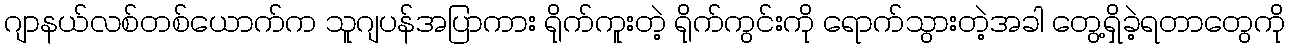
ဂျာနယ်လစ်တစ်ယောက်က သူဂျပန်အပြာကား ရိုက်ကူးတဲ့ ရိုက်ကွင်းကို ရောက်သွားတဲ့အခါ တွေ့ရှိခဲ့ရတာတွေကို